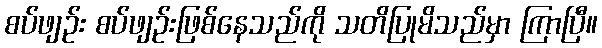
စပ်ဖျဉ်း စပ်ဖျဉ်းဖြစ်နေသည်ကို သတိပြုမိသည်မှာ ကြာပြီ။